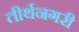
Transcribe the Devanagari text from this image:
तीर्थनगरी